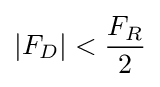
|F_{D}|<{\frac {F_{R}}{2}}